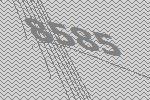
8585